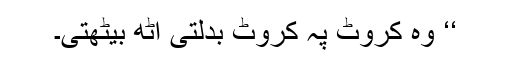
‘‘ وہ کروٹ پہ کروٹ بدلتی اٹھ بیٹھتی۔